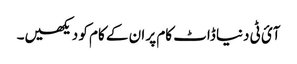
آئ ٹی دنیا ڈاٹ کام پر ان کے کام کو دیکھیں۔